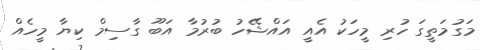
މަގުމަތީގަ ހުރި މީހަކު އެއީ އައްޝޭހު ބުރުމާ އަބޫ ގާސިމް ކިޔާ މީހެއް